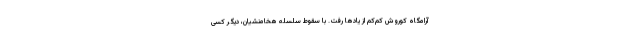
آرامگاه کوروش کم‌کم از یادها رفت. با سقوط سلسله هخامنشیان، دیگر کسی